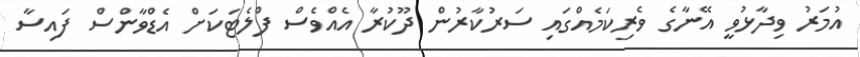
އުމަރު ވިދާޅުވީ އޭނާގެ ވެރިކަމެއްގައި ސަރުކާރުން ދޫކުރާ އެއްވެސް ފްލެޓަކަށް އެޑްވާންސް ފައިސާ